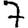
Digit: 7